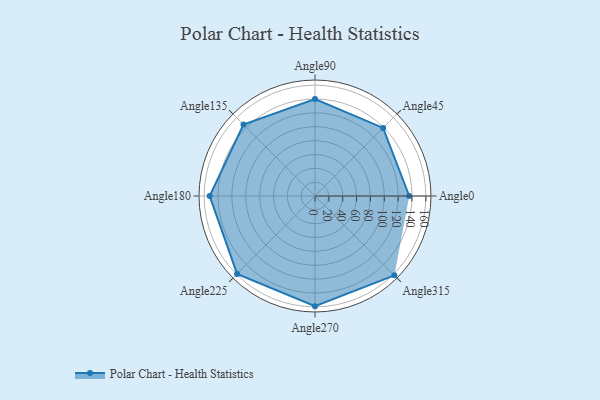
{"axis": {"x": "Angle", "y": "Radius"}, "legend": [""], "data": [{"x": "Angle0", "y": 136.0, "type": ""}, {"x": "Angle45", "y": 139.0, "type": ""}, {"x": "Angle90", "y": 140.0, "type": ""}, {"x": "Angle135", "y": 146.0, "type": ""}, {"x": "Angle180", "y": 152.0, "type": ""}, {"x": "Angle225", "y": 159.0, "type": ""}, {"x": "Angle270", "y": 159.0, "type": ""}, {"x": "Angle315", "y": 162.0, "type": ""}]}